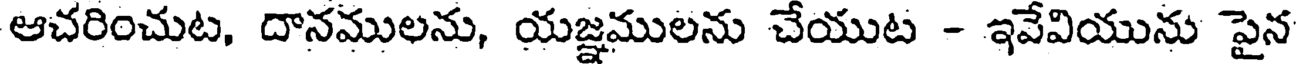
ఆచరించుట, దానములను, యజ్ఞములను చేయుట - ఇవేవియును పైన